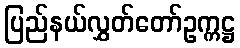
ပြည်နယ်လွှတ်တော်ဥက္ကဋ္ဌ